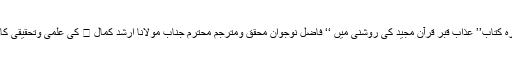
زیر تبصرہ کتاب’’ عذاب قبر قرآن مجید کی روشنی میں ‘‘ فاضل نوجوان محقق ومترجم محترم جناب مولانا ارشد کمال ﷾ کی علمی وتحقیقی کاوش ہے ۔